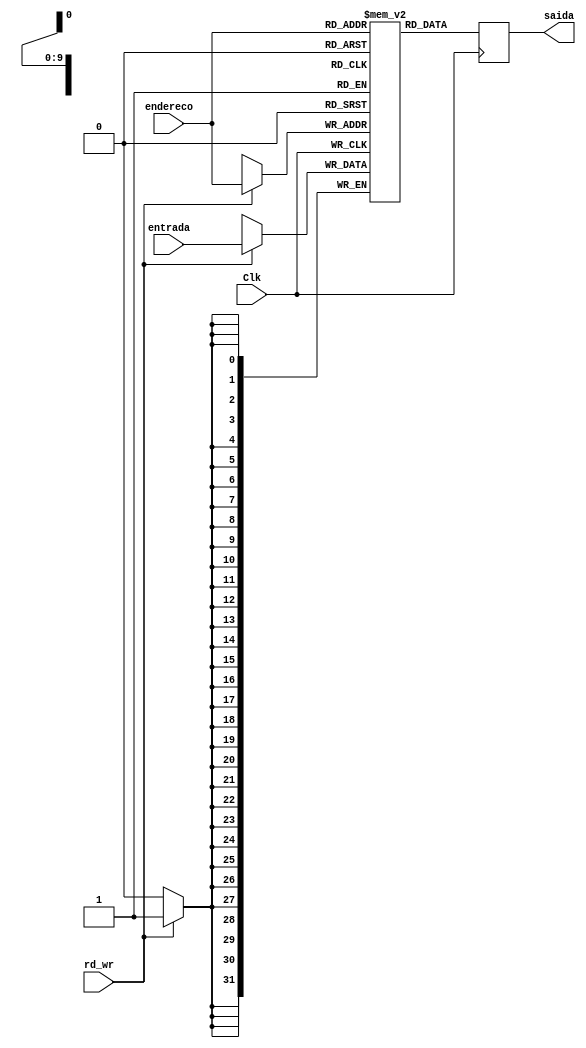
module datamemory(
	output reg [31:0] saida,
	input Clk,
	input rd_wr, //Read em 0, Write em 1
	input [9:0] endereco,
	input [31:0] entrada
);	
	
	reg [31:0] memoria [0:1023];
		
	integer i;
	
	always @(posedge Clk) begin
		if (rd_wr)
			memoria[endereco] <= entrada;
		
		saida <= memoria[endereco];
	end
	
	initial begin
		memoria[0]=32'd2001; // A
		memoria[1]=32'd4001; // B
		memoria[2]=32'd5001; // C
		memoria[3]=32'd3001; // D
	
		for(i = 4; i < 1024;i = i+1) 
			memoria[i] = 32'b0;
	end

endmodule